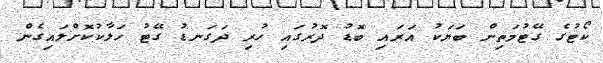
ކޯޓުގެ ގޭޓުމަތިން ބަޔަކު އަރައި ބޮޑު ދޮރުގައި ހުރި ދަގަނޑު ގޭޓު ހަލާކުކޮށްލައިގެން